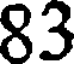
83